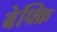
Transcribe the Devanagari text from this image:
बेफ्क्रि